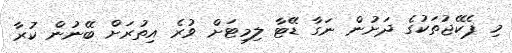
މި ޕެކޭޖުތަކުގެ ދަށުން ނަގާ ޑޭޓާ ލިމިޓަށް ވުރެ އިތުރަށް ބޭނުން ކުރާ